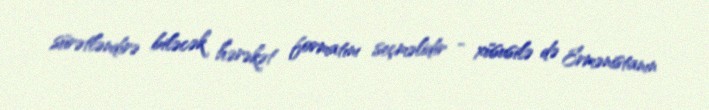
sürətləndirə biləcək hərəkət formatını seçməlidir - xüsusilə də Ermənistanın